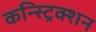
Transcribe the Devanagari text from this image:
कन्स्ट्रिक्शन